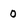
Character: 0